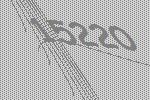
15220